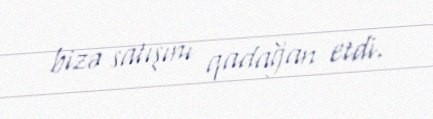
bizə satışını qadağan etdi.